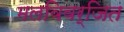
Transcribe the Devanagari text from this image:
मलविवर्जित